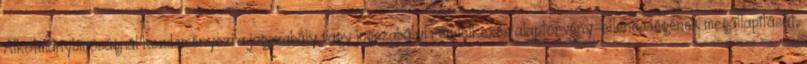
Alkotmánybíróságnál kezdeményezi a jogszabály vagy jogszabályi rendelkezés alaptörvény-ellenességének megállapítását,